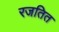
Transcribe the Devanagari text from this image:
रजतित